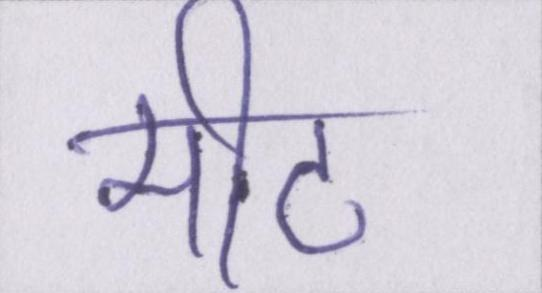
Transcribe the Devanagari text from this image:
मीट